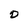
Character: D